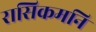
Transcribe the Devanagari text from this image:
रासिकमनि